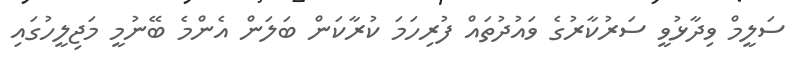
ސަލީމް ވިދާޅުވީ ސަރުކާރުގެ ވައުދުތައް ފުރިހަމަ ކުރާކަން ބަލަން އެންމެ ބޭނުމީ މަޖިލީހުގައި